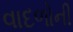
વાદળોની